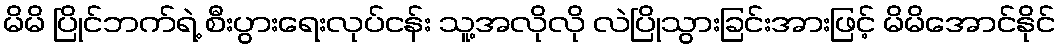
မိမိ ပြိုင်ဘက်ရဲ့ စီးပွားရေးလုပ်ငန်း သူ့အလိုလို လဲပြိုသွားခြင်းအားဖြင့် မိမိအောင်နိုင်